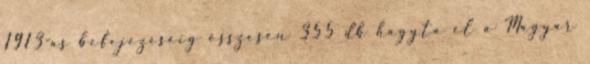
1913-as befejezéséig összesen 355 db hagyta el a Magyar